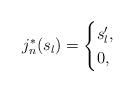
LaTeX: \begin{align*}j_n^*(s_l)=\begin{cases}s_l',& \\0, & \end{cases}\end{align*}